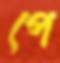
পে